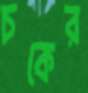
চকের